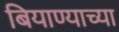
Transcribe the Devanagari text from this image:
बियाण्याच्या